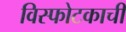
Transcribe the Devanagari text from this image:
विस्फोटकाची